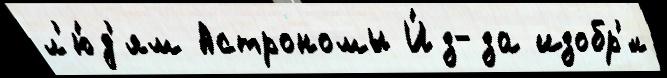
л'ю́д'ям Астрономы И́з-за изобр'́л